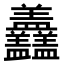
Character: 𥃣